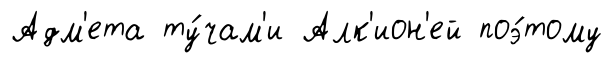
Адм'ета ту́чам'и Алк'ион'ей поэ́тому